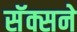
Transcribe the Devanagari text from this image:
सॅक्सने